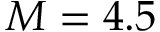
M = 4 . 5